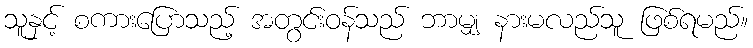
သူနှင့် စကားပြောသည့် အတွင်းဝန်သည် ဘာမျှ နားမလည်သူ ဖြစ်ရမည်။